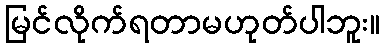
မြင်လိုက်ရတာမဟုတ်ပါဘူး။